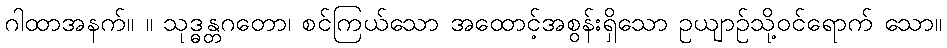
ဂါထာအနက်။ ။ သုဒ္ဓန္တဂတော၊ စင်ကြယ်သော အထောင့်အစွန်းရှိသော ဥယျာဉ်သို့ဝင်ရောက် သော။